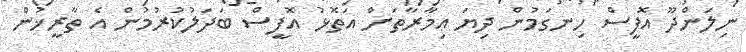
ނިލަންދޫ އޮފީސް ހިނގަމުން ދިޔަ ޢިމާރާތަށް އަތޮޅު އޮފީސް ބަދަލުކުރުމުން އެ ތާރީޚުން